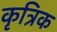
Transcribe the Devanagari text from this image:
कृत्रिक